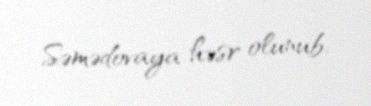
Səmədovaya həsr olunub.